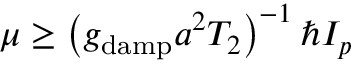
\mu \geq \left( g _ { \mathrm { d a m p } } a ^ { 2 } T _ { 2 } \right) ^ { - 1 } \hbar I _ { p }